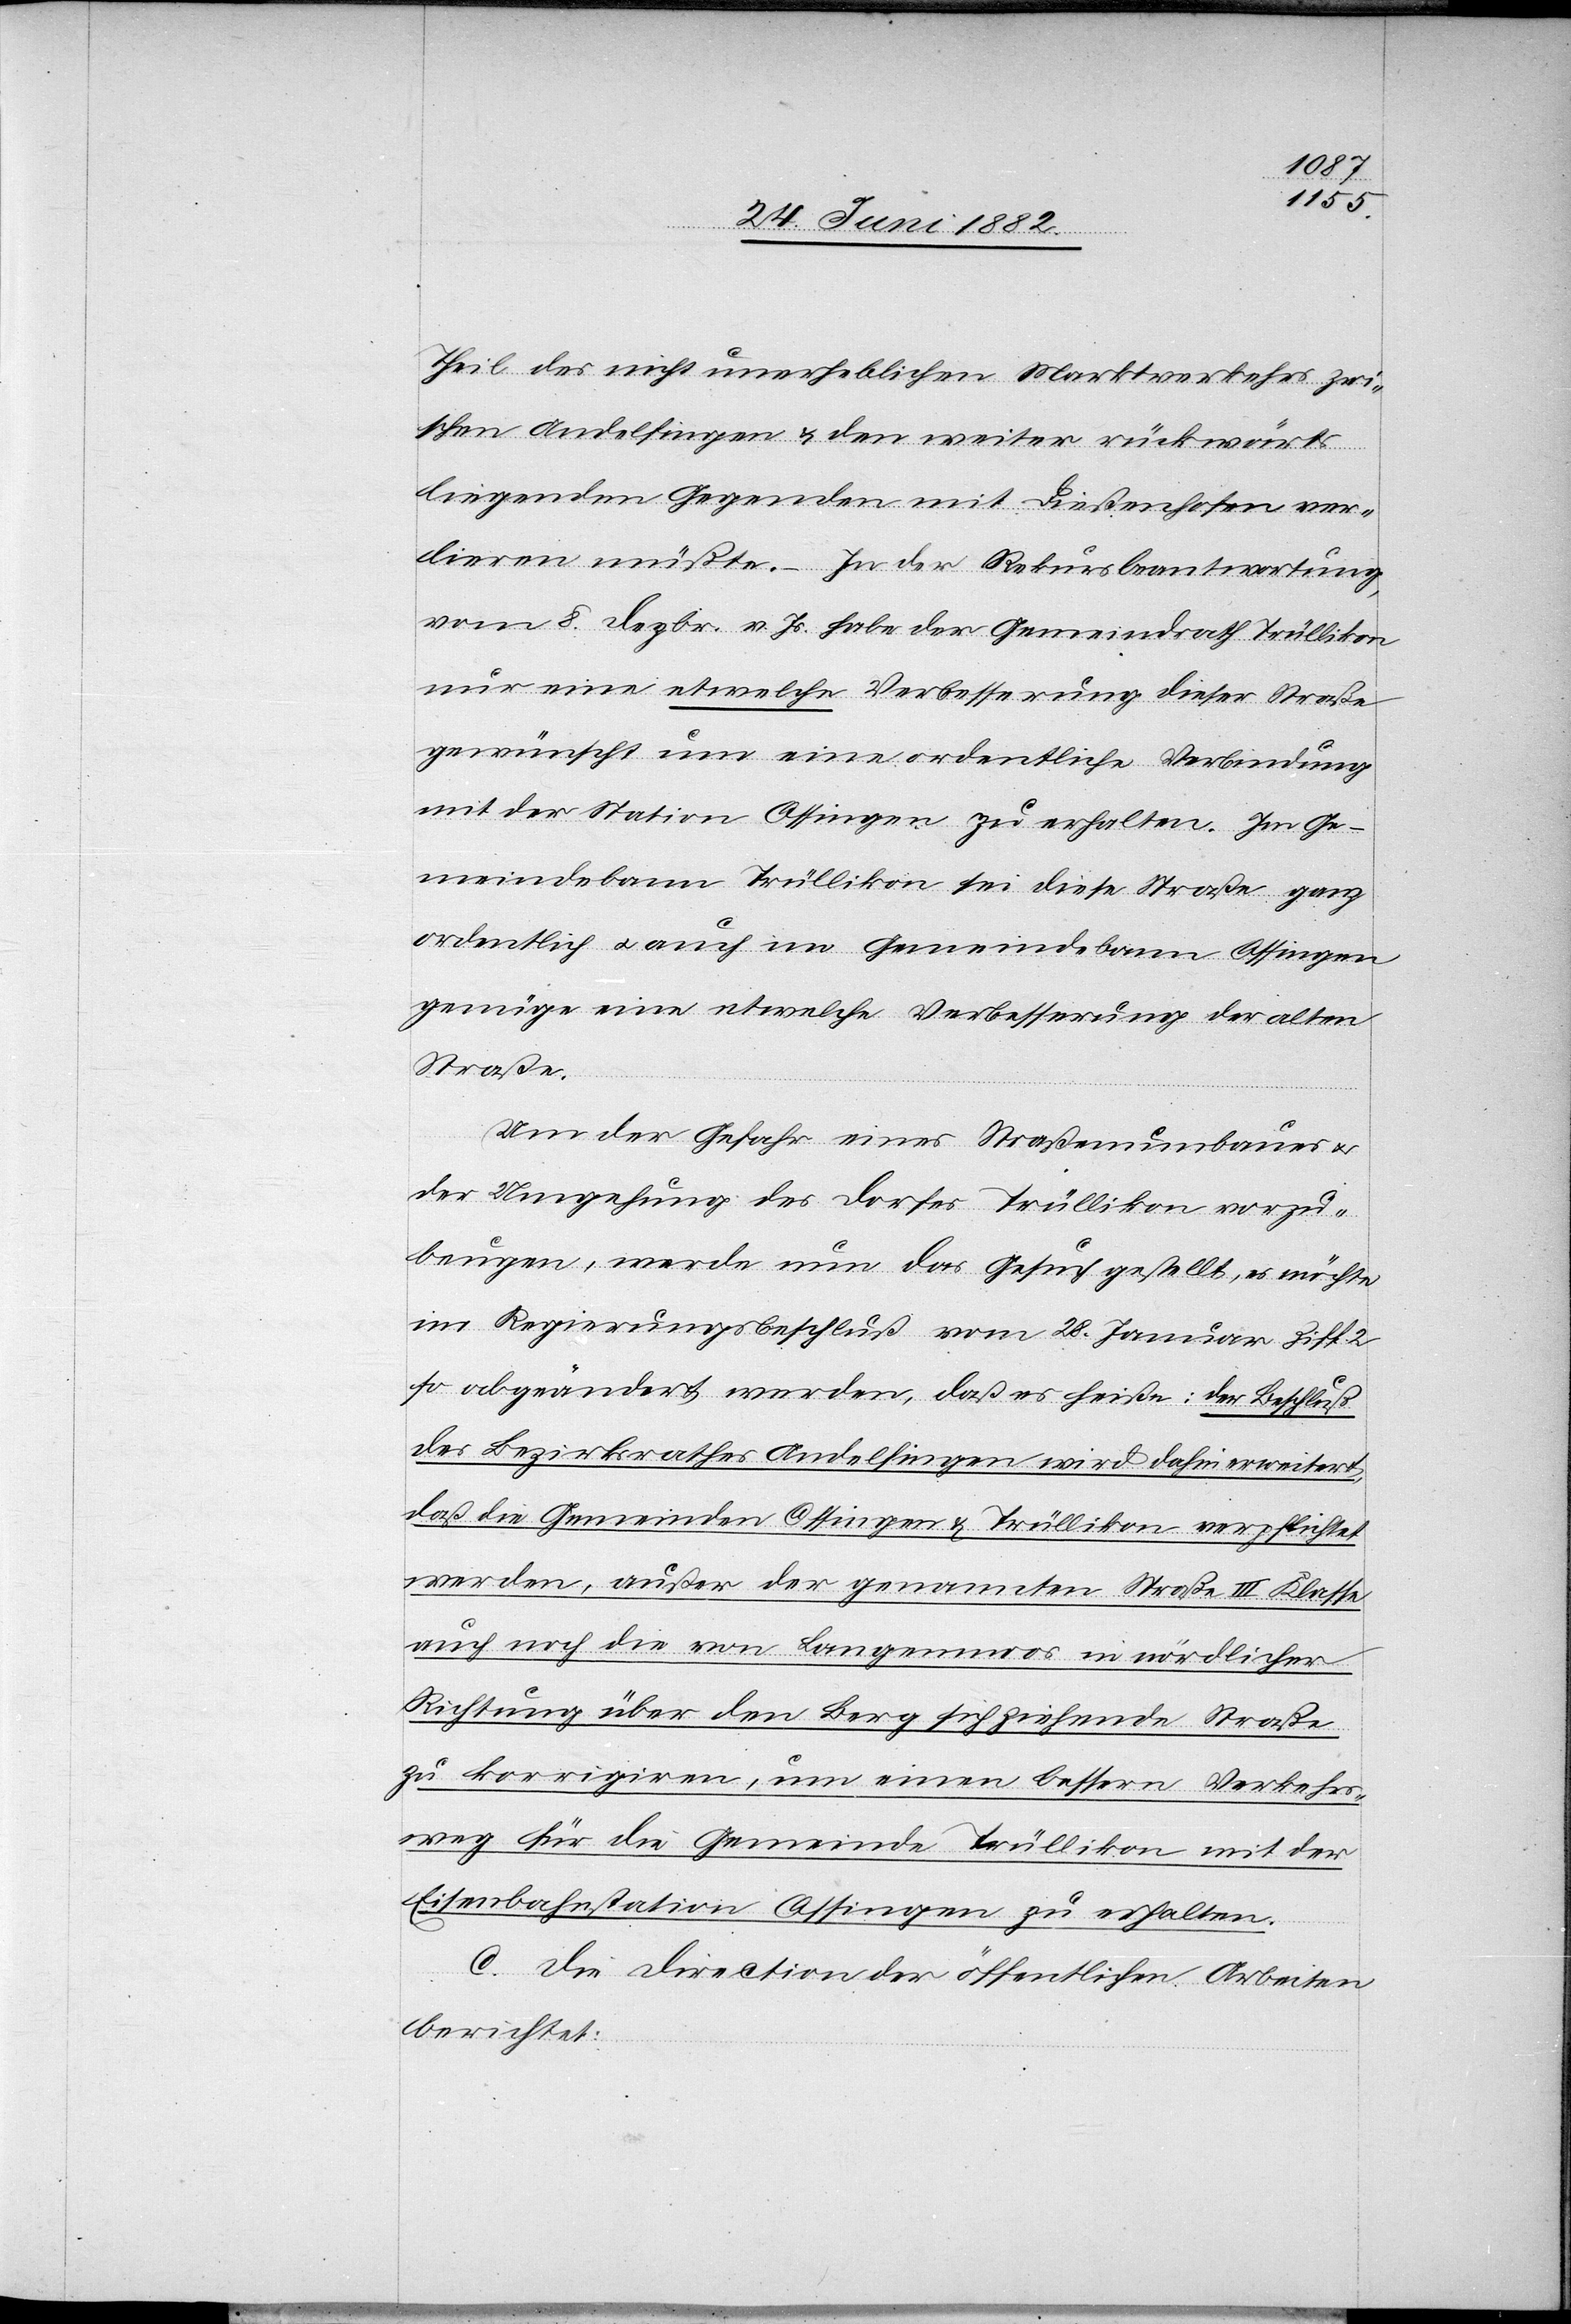
Theil des nicht unerheblichen Markverkehres zwi¬
schen Andelfingen & den weiter rückwärts
liegenden Gegenden mit Dießenhofen ver¬
lieren müßte. – In der Rekursbeantwortung
vom 8. Dezbr. v. Js. habe der Gemeindrath Trüllikon
nur eine etwelche Verbesserung dieser Straße
gewünscht um eine ordentliche Verbindung
mit der Station Ossingen zu erhalten. Im Ge¬
meindebann Trüllikon sei diese Straße ganz
ordentlich u. auch im Gemeindebann Ossingen
genüge eine etwelche Verbesserung der alten
Straße.
Um der Gefahr eines Straßenumbaues u.
der Umgehung des Dorfes Trüllikon vorzu¬
beugen, werde nun das Gesuch gestellt, es möchte
im Regierungsbeschluß vom 28. Januar Ziff. 2
so abgeändert werden, daß es heiße: Der Beschluß
des Bezirksrathes Andelfingen wird dahin erweitert,
daß die Gemeinden Ossingen & Trüllikon verpflichtet
werde, außer der genannten Straße III. Klasse
auch noch die von Langenmoos in nördlicher
Richtung über den Berg sich ziehende Straße
zu korrigiren, um seinen bessern Verkehrs¬
weg für die Gemeinde Trüllikon mit der
Eisenbahnstation Ossingen zu erhalten.
C. Die Direction der öffentlichen Arbeiten
berichtet: